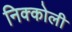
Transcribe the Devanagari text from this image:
निक्कोली